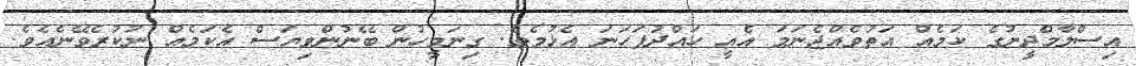
އިސްލާމްދީނުގެ ކަމެއް އަތުވެއްޖެނަމަ އެއީ ހައްދުފަހަނަ އެޅުމެވެ. ގިނަމީހުން ބޭނުންވިޔަސް އެކަމެއް ނުކުރެވޭނެއެވެ.